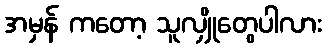
အမှန် ကတော့ သူလျှိုတွေပါလား